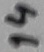
Text: 14